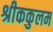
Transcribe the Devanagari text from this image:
श्रीककुलम